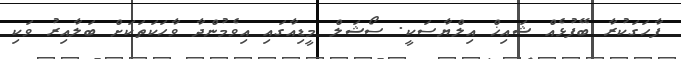
ފާހަގަކުރާ ބޭފުޅެއް ޝައިޚް އިލްޔާސަކީ. ސޯޝަލް މީޑިއާގައި އިވެމުންދާ ވާހަކަތަކަށް ބަލާއިރު ވަކި